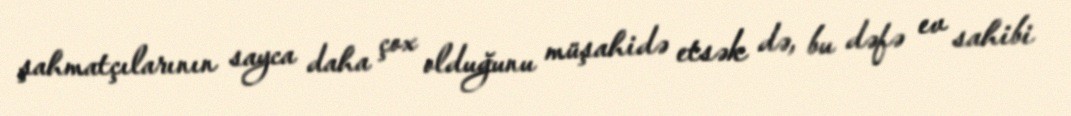
şahmatçılarının sayca daha çox olduğunu müşahidə etsək də, bu dəfə ev sahibi